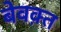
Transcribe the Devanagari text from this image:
बेवक़्त